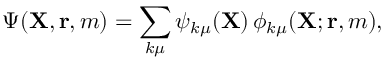
\Psi ( { \mathbf { X } } , { \mathbf { r } } , m ) = \sum _ { k \mu } \psi _ { k \mu } ( { \mathbf { X } } ) \, \phi _ { k \mu } ( { \mathbf { X } } ; { \mathbf { r } } , m ) ,